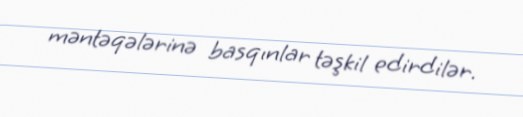
məntəqələrinə basqınlar təşkil edirdilər.